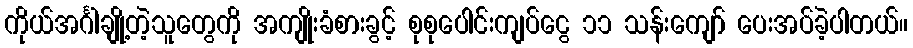
ကိုယ်အင်္ဂါချို့တဲ့သူတွေကို အကျိုးခံစားခွင့် စုစုပေါင်းကျပ်ငွေ ၁၁ သန်းကျော် ပေးအပ်ခဲ့ပါတယ်။